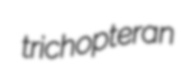
trichopteran